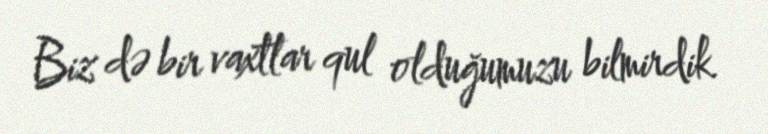
Biz də bir vaxtlar qul olduğumuzu bilmirdik.